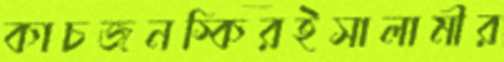
কাচজনস্কিরইসালামীর